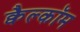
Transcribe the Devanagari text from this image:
क्वैल्कॉम